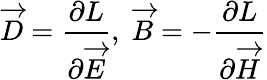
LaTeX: \overrightarrow{D}=\frac{\partial L}{\partial\overrightarrow{E}},\; \overrightarrow{B}=-\frac{\partial L}{\partial\overrightarrow{H}}